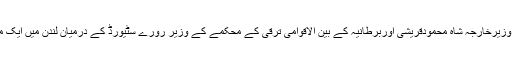
یہ اتفاق رائے وزیرخارجہ شاہ محمودقریشی اوربرطانیہ کے بین الاقوامی ترقی کے محکمے کے وزیر رورے سٹیورڈ کے درمیان لندن میں ایک ملاقات میں ہوا۔